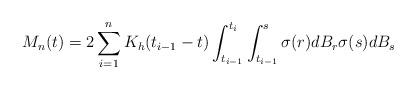
LaTeX: \begin{align*}M_n(t)=2\sum_{i=1}^nK_h(t_{i-1}-t)\int_{t_{i-1}}^{t_i}\int_{t_{i-1}}^s\sigma(r)dB_r\sigma(s)dB_s\end{align*}